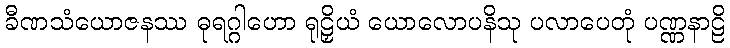
ခီဏသံယောဇနဿ ဓုရဂ္ဂါဟော ရုဠှိယံ ယောလောပနိသု ပလာပေတုံ ပဏ္ဏနာဠိ